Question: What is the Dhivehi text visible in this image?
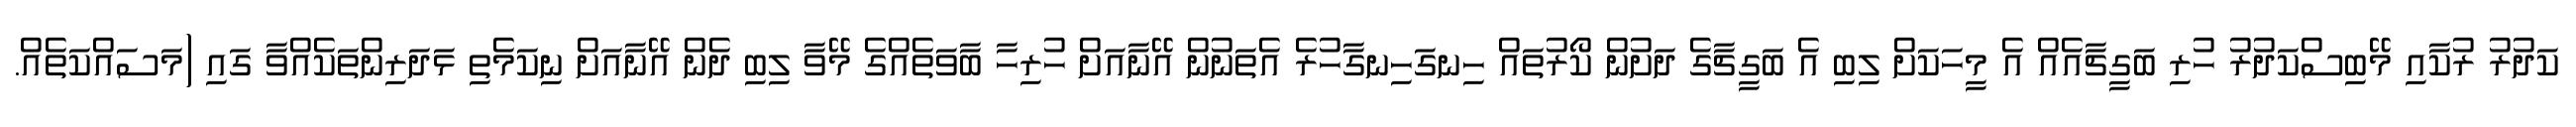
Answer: ކަދުރު ރުކާއި މޭބިސްކަދުރު ހުރި ބަގީޗާއެއް އެ މީހަކަށް ލިބި އެ ބަގީޗާގެ ދަށުން ކޯރުތައް ހިނގަހިނގާހުރެ އެތަނުން އޭނާއަށް ހުރިހާ ބާވަތެއްގެ މޭވާ ލިބި ދެން އޭނާއަށް ނިކަމެތި ޅަދަރިންތަކެއްވާ ގައި (މަސައްކަތެއް.